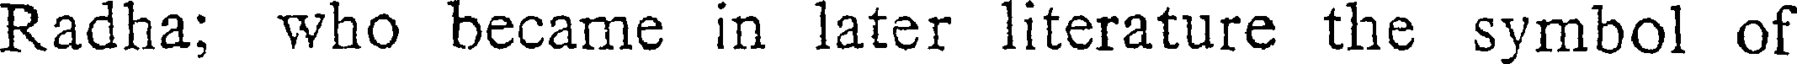
Radha; who became in later literature the symbol of